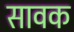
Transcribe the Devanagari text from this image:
सावक